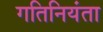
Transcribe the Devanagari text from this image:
गतिनियंता